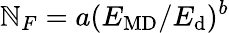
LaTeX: \mathbb{N}_{F}=a(E_{\mathrm{{MD}}}/E_{\mathrm{{d}}})^{b}